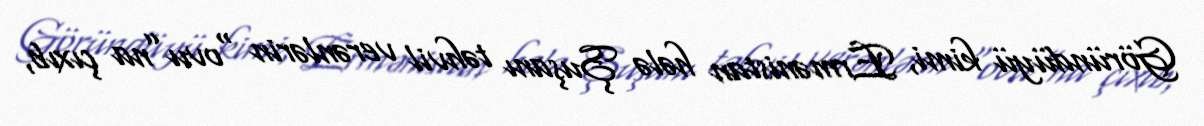
Göründüyü kimi, Ermənistan hələ Şuşanı təhvil verənlərin “ovu”na çıxıb,